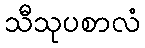
သီသုပစာလံ